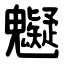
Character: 䰯